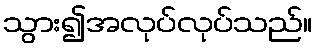
သွား၍အလုပ်လုပ်သည်။